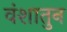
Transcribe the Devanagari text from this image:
वंशातुन